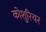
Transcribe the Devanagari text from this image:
कोशुरियर